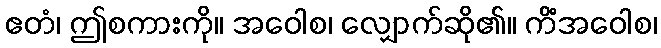
ဧတံ၊ ဤစကားကို။ အဝေါစ၊ လျှောက်ဆို၏။ ကိံအဝေါစ၊